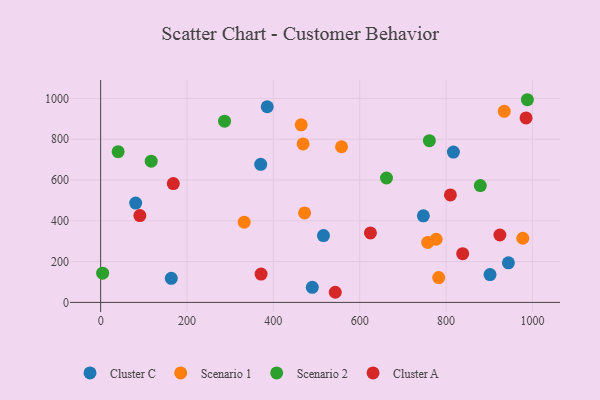
{"axis": {"x": "Investment", "y": "Exam Score"}, "legend": ["Cluster A", "Cluster C", "Scenario 1", "Scenario 2"], "data": [{"x": "490.2", "y": 74.2, "type": "Cluster C"}, {"x": "370.7", "y": 676.6, "type": "Cluster C"}, {"x": "817.0", "y": 736.6, "type": "Cluster C"}, {"x": "516.1", "y": 327.4, "type": "Cluster C"}, {"x": "81.1", "y": 486.7, "type": "Cluster C"}, {"x": "944.4", "y": 194.1, "type": "Cluster C"}, {"x": "163.6", "y": 117.9, "type": "Cluster C"}, {"x": "747.4", "y": 424.5, "type": "Cluster C"}, {"x": "901.8", "y": 136.2, "type": "Cluster C"}, {"x": "385.8", "y": 958.8, "type": "Cluster C"}, {"x": "332.4", "y": 393.3, "type": "Scenario 1"}, {"x": "977.7", "y": 314.5, "type": "Scenario 1"}, {"x": "464.5", "y": 870.5, "type": "Scenario 1"}, {"x": "757.4", "y": 293.9, "type": "Scenario 1"}, {"x": "934.8", "y": 936.5, "type": "Scenario 1"}, {"x": "783.0", "y": 121.6, "type": "Scenario 1"}, {"x": "777.1", "y": 309.6, "type": "Scenario 1"}, {"x": "468.8", "y": 776.9, "type": "Scenario 1"}, {"x": "472.3", "y": 438.4, "type": "Scenario 1"}, {"x": "557.9", "y": 762.8, "type": "Scenario 1"}, {"x": "879.3", "y": 572.4, "type": "Scenario 2"}, {"x": "117.1", "y": 692.4, "type": "Scenario 2"}, {"x": "287.0", "y": 888.3, "type": "Scenario 2"}, {"x": "988.3", "y": 993.3, "type": "Scenario 2"}, {"x": "761.3", "y": 792.4, "type": "Scenario 2"}, {"x": "662.0", "y": 609.8, "type": "Scenario 2"}, {"x": "40.5", "y": 738.5, "type": "Scenario 2"}, {"x": "4.6", "y": 143.5, "type": "Scenario 2"}, {"x": "924.6", "y": 330.5, "type": "Cluster A"}, {"x": "985.2", "y": 904.3, "type": "Cluster A"}, {"x": "90.8", "y": 425.6, "type": "Cluster A"}, {"x": "168.3", "y": 582.3, "type": "Cluster A"}, {"x": "810.0", "y": 526.9, "type": "Cluster A"}, {"x": "543.4", "y": 49.7, "type": "Cluster A"}, {"x": "838.5", "y": 239.1, "type": "Cluster A"}, {"x": "371.6", "y": 139.1, "type": "Cluster A"}, {"x": "624.8", "y": 340.5, "type": "Cluster A"}]}